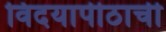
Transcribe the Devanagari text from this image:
विदयापीठाची